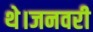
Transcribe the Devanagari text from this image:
थे।जनवरी